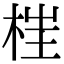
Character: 𣒈